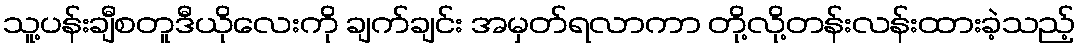
သူ့ပန်းချီစတူဒီယိုလေးကို ချက်ချင်း အမှတ်ရလာကာ တို့လို့တန်းလန်းထားခဲ့သည့်